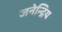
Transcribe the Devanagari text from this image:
जनेन्द्रिय